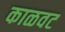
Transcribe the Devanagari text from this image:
काळवट